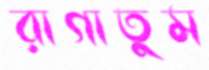
রাগাতুম